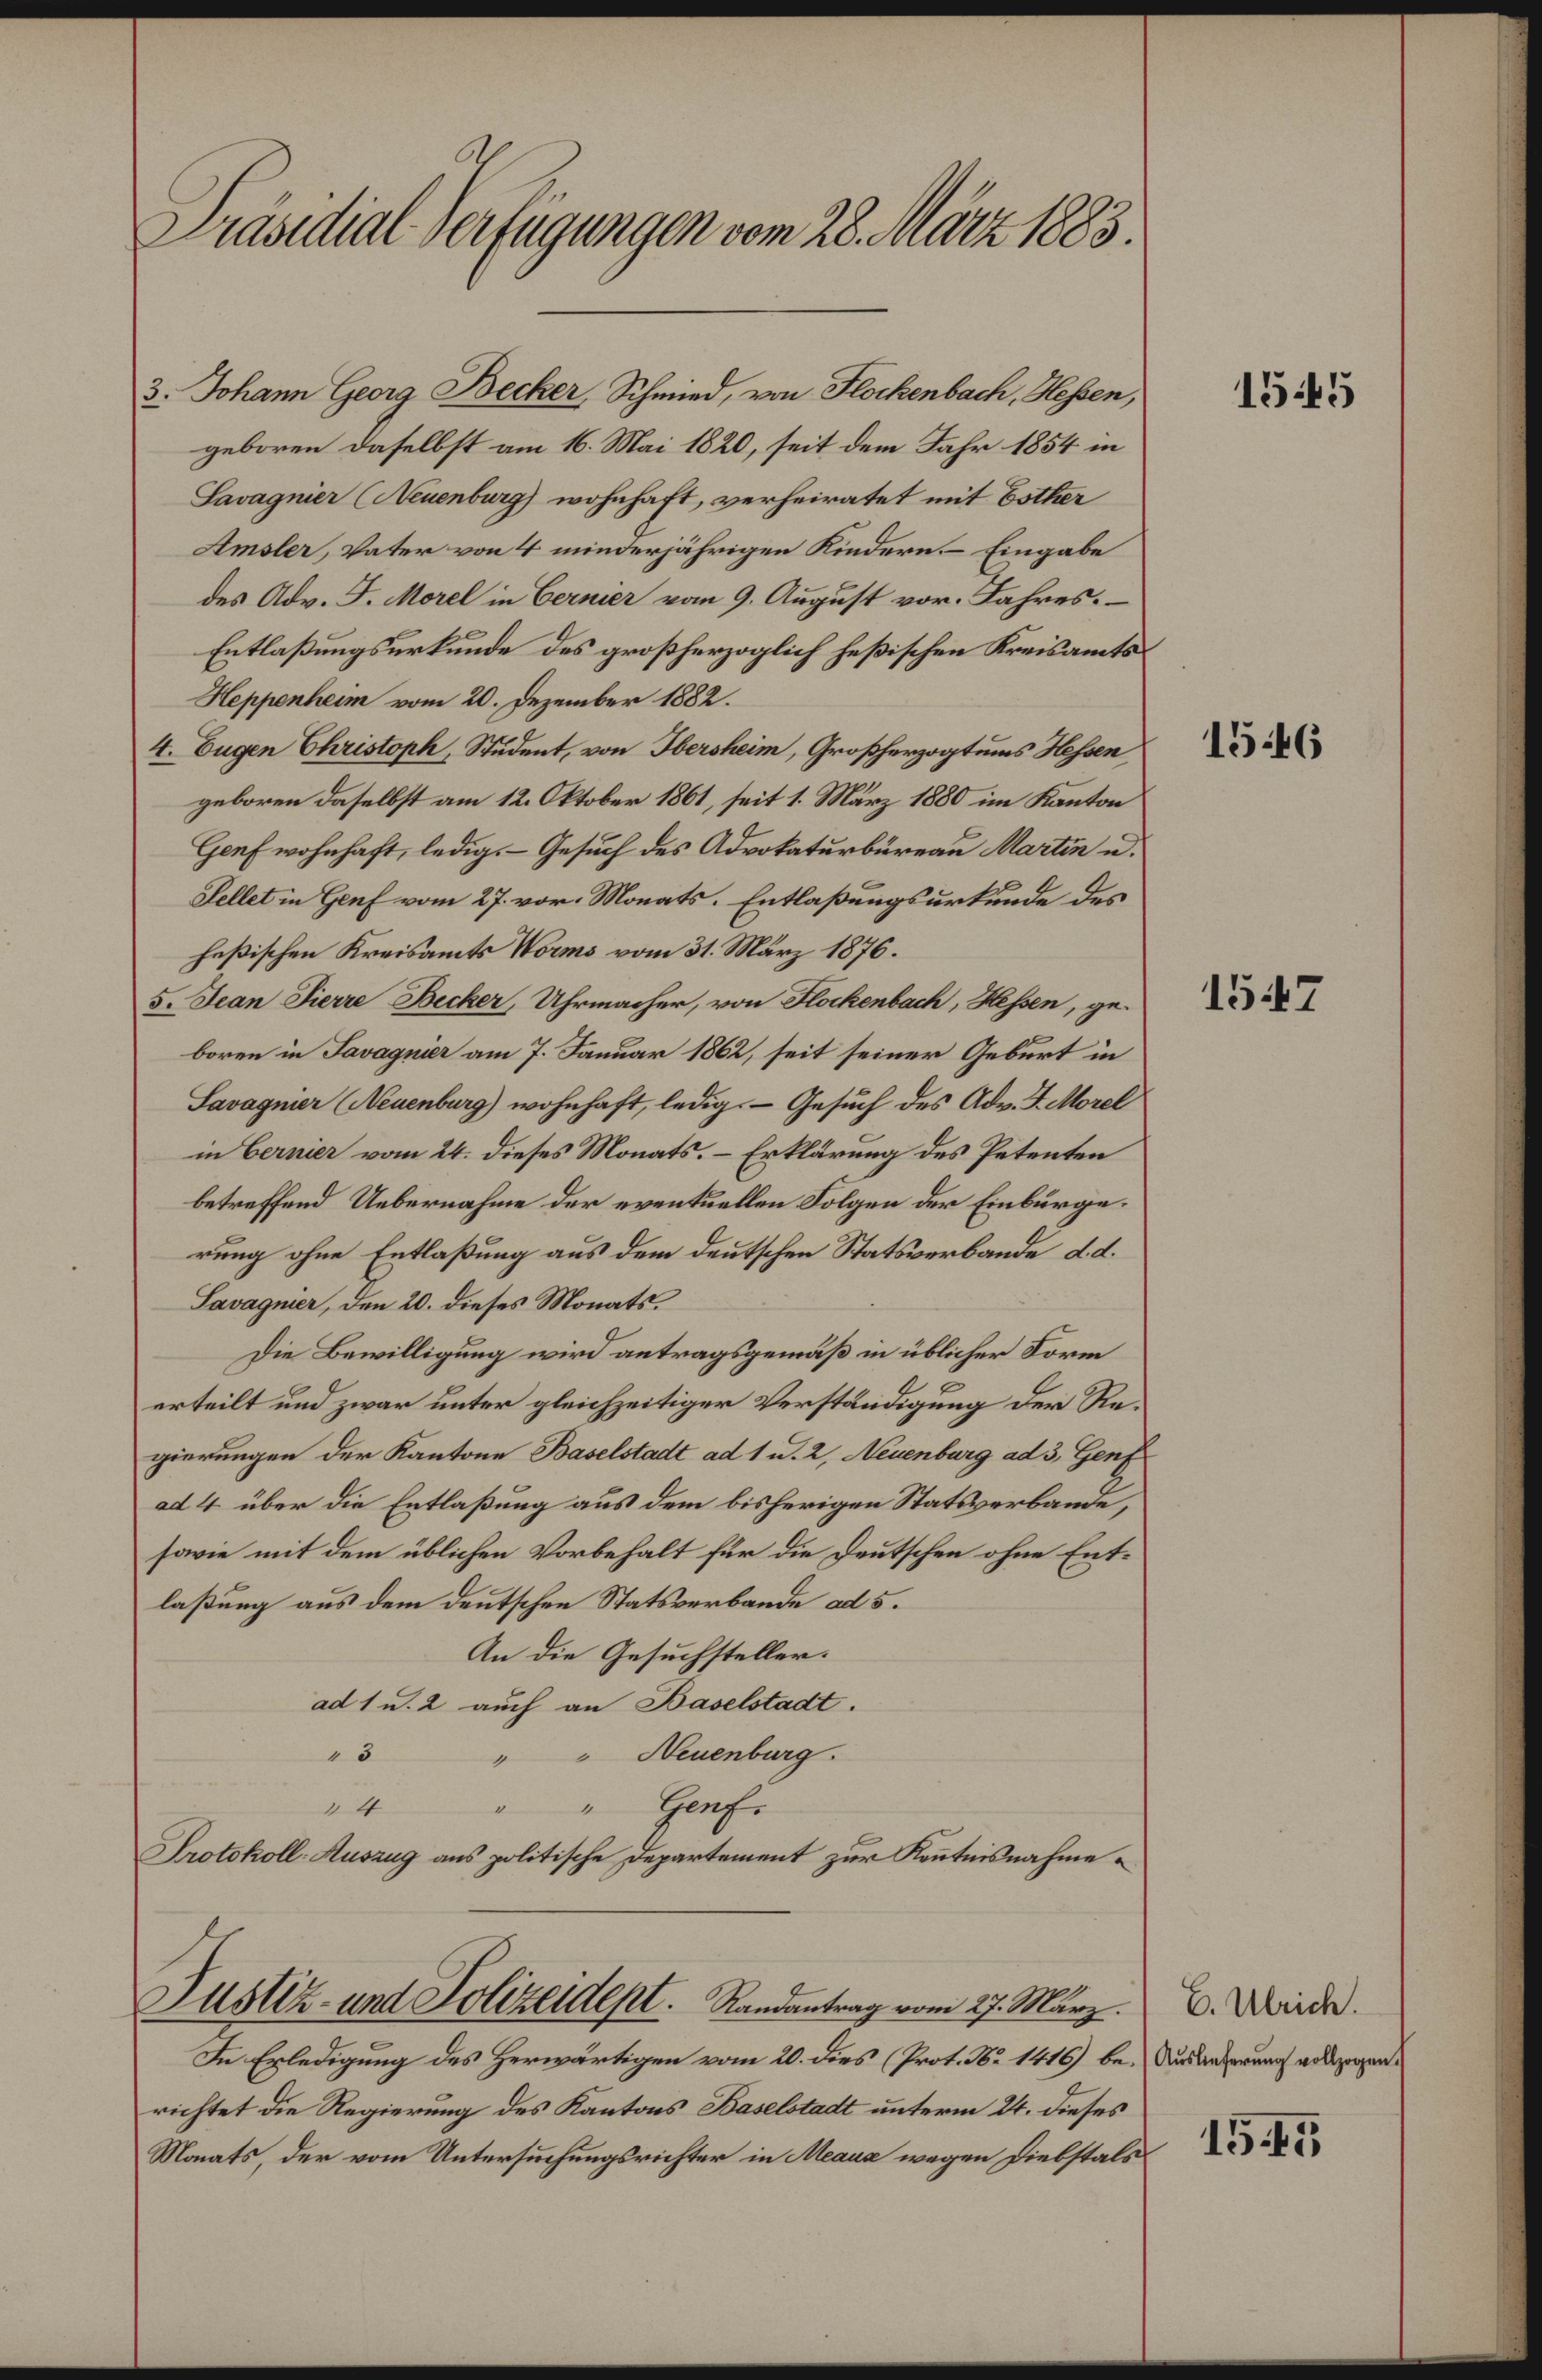
Präsidial-Verfügungen vom 28. März 1883.

3. Johann Georg Becker, Schmied, von Flockenbach, Hessen,
geboren daselbst am 16. Mai 1820, seit dem Jahr 1854 in
Savagnier (Neuenburg) wohnhaft, verheiratet mit Esther
Amsler, Vater von 4 minderjährigen Kindern. – Eingabe
des Adv. J. Morel in Bernier vom 9. August vor. Jahres.
Entlaßungsurkunde des großherzoglich heßischen Kreisamts¬
Heppenheim vom 20. Dezember 1882.
4. Eugen Christoph, Student, von Obersheim, Großherzogtums Hessen
geboren daselbst am 12. Oktober 1861, seit 1. März 1880 im Kanton
Genf wohnhaft, ledig. Gesuch des Advokaturbüreau Martin u.
Sellet in Genf vom 27. vor. Monats. Entlaßungsurkunde des
heßischen Kreisamts Worms vom 31. März 1876.
5. Jean Fierre Becker, Uhrmacher, von Flockenbach, Hessen, ge-
boren in Savagnier am 7. Januar 1862, seit seiner Geburt in
Savagner (Neuenburg) wohnhaft, ledig. Gesuch des Adv. J. Morel
in Bernier vom 24. dieses Monats. Erklärung des Petenten
betreffend Uebernahme der eventuellen Folgen der Einburge.
rung ohne Entlaßung aus dem deutschen Statsverbande d. d.
Savagnier, den 20. dieses Monats.
Die Bewilligung wird antragsgemäß in üblicher Form
erteilt und zwar unter gleichzeitiger Verständigung der Regierungen der Kantone Baselstadt ad 1 u. 2, Neuenburg ad 3, Genf
ad 4. über die Entlaßung aus dem bisherigen Statsverbande,
sowie mit dem üblichen Vorbehalt für die Deutschen ohne Entlaßung aus dem deutschen Statsverbande ad 5.
An die Gesuchsteller.
ad 1 u. 2 auch an Baselstadt.
"" Neuenburg.
5
Hafs
d
" 4
Protokoll- Auszug aus politische Departement zur Kenntnisnahme¬

Justiz- und Polizeidept. Randantrag vom 27. März.

In Erledigung des Herwärtigen vom 20. dies (Prot. No 1416) berichtet die Regierung des Kantons Baselstadt unterm 24. dieses
Monats, der vom Untersuchungsrichter in Meaus wegen Diebstals

1545

1546

1547

E. Ulrich.
Auslieferung vollzogen.

1545